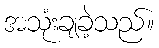
အသုံးချခဲ့သည်။